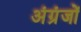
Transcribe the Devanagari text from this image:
अंग्रंजों